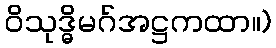
ဝိသုဒ္ဓိမဂ်အဋ္ဌကထာ။)